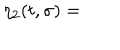
\eta _ { 2 } ( t , \sigma ) =